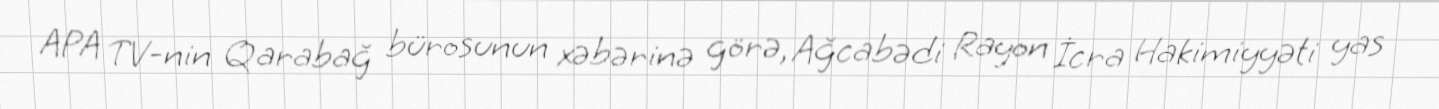
APA TV-nin Qarabağ bürosunun xəbərinə görə, Ağcabədi Rayon İcra Hakimiyyəti yas